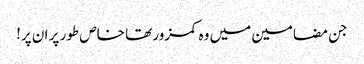
جن مضامین میں وہ کمزور تھا خاص طور پر ان پر!